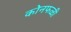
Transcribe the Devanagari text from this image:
कोनफळी